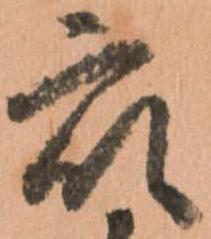
衆